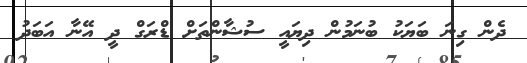
ދެން ގިނަ ބަޔަކު ބުނަމުން ދިޔައީ ސުޝާންތަށް ޑްރަގް ދީ އޭނާ އަބަދު